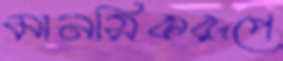
মানসিকরূপে